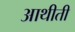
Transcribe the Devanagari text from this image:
आथीती